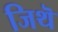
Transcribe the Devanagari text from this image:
जिथॆ